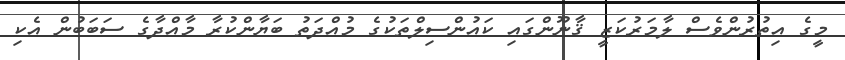
މީގެ އިތުރުންވެސް ލާމަރުކަޒީ ޤާނޫންގައި ކައުންސިލްތަކުގެ މުއްދަތު ބަޔާންކުރާ މާއްދާގެ ސަބަބުން އެކި